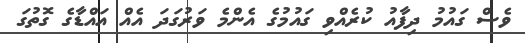
ވެސް ގައުމު ދިފާއު ކުރެއްވި ގައުމުގެ އެންމެ ވަރުގަދަ އެއް އައްޑާގެ ގޮތުގަ